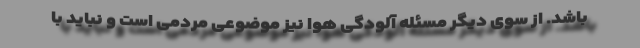
باشد. از سوی دیگر مسئله آلودگی هوا نیز موضوعی مردمی است و نباید با